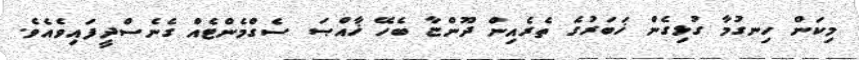
މިކަން ހިނގުމާ ގުޅިގެން ޚަބަރުގެ ތެރެއިން ދޫންޏާ ބެހޭ ޚާއްޞަ ސެގްމެންޓެއް ގެނެސްދީފައިވެއެވެ.